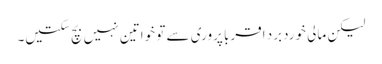
لیکن مالی خوردبرد اقربا پروری سے تو خواتین نہیں بچ سکتیں۔